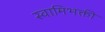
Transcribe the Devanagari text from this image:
स्वामिभक्ती